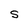
Character: S